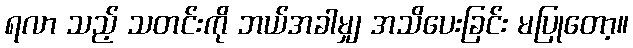
ရလာ သည့် သတင်းကို ဘယ်အခါမျှ အသိပေးခြင်း မပြုတော့။